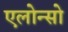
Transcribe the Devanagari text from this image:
एलोन्सो